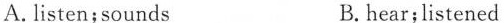
A.listen;sounds B.hear;listened